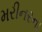
મરીનરના